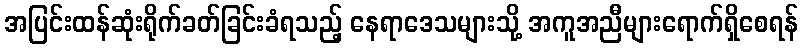
အပြင်းထန်ဆုံးရိုက်ခတ်ခြင်းခံရသည့် နေရာဒေသများသို့ အကူအညီများရောက်ရှိစေရန်